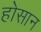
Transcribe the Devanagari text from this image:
होसान